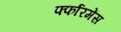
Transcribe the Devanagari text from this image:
र्फ्फारमेंस